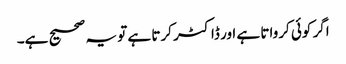
اگر کوئی کرواتا ہے اور ڈاکٹر کرتا ہے تو یہ صحیح ہے۔